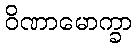
ဝိဏာမောက္ခာ